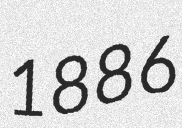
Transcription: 1886